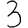
Digit: 3